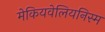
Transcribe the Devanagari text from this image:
मेकियवेलियनिस्म